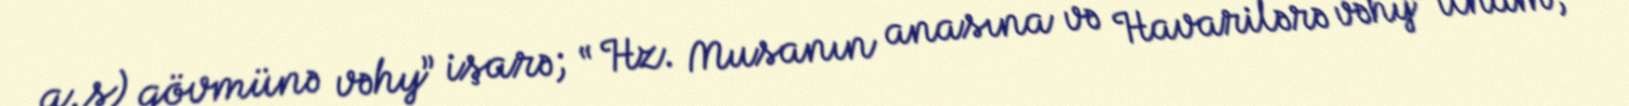
a.s) qövmünə vəhy” işarə; “ Hz. Musanın anasına və Havarilərə vəhy” ilham;